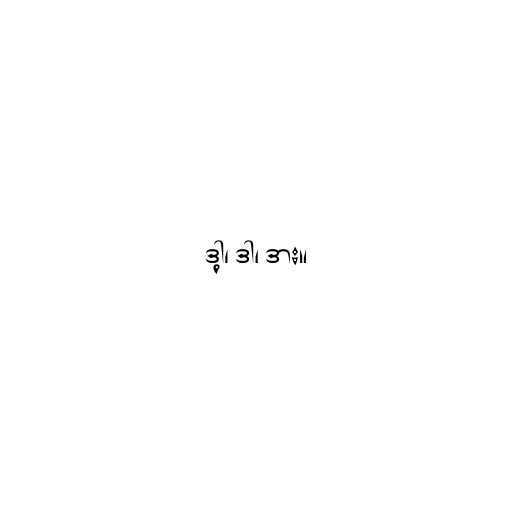
ဒါ့၊ ဒါ၊ ဒား။